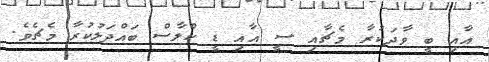
އާއި ބީ ވާދަކުރާ މެޗާއި ސީ އާއި ޑީ ކްލާސް ބައްދަލުކުރާ މެޗެވެ.